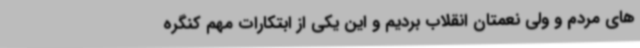
های مردم و ولی نعمتان انقلاب بردیم و این یکی از ابتکارات مهم کنگره